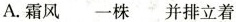
A.霜风 一株 并排立着